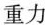
重力